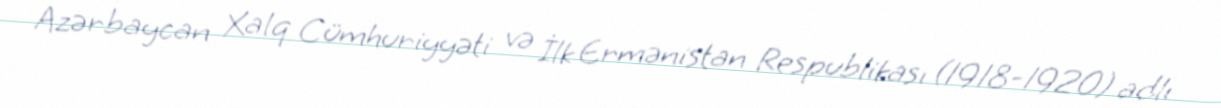
Azərbaycan Xalq Cümhuriyyəti və İlk Ermənistan Respublikası (1918-1920) adlı